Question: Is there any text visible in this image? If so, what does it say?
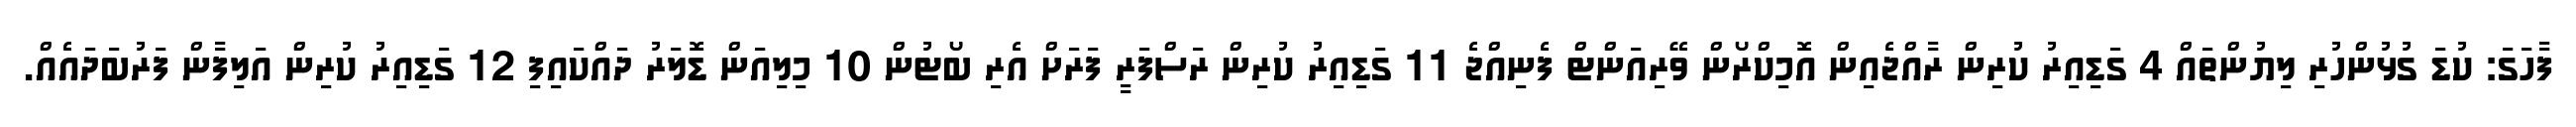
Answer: ފާހަގަ: ކުޑަ ގުޅުންހުރި ލިޔުންތައް 4 ގަޑިއިރު ކުރިން ރާއްޖެއިން އޮމިކްރޯން ވޭރިއަންޓް ފެނިއްޖެ 11 ގަޑިއިރު ކުރިން ރަސްފަރީ ފަރަށް އެރި ބޯޓުން 10 މިލިއަން ޑޮލަރު ދައްކައިފި 12 ގަޑިއިރު ކުރިން އަލިފާން ފަރުބަދައެއް.